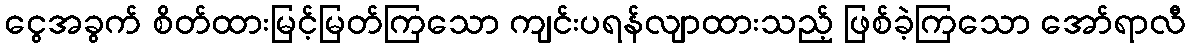
ငွေအခွက် စိတ်ထားမြင့်မြတ်ကြသော ကျင်းပရန်လျာထားသည့် ဖြစ်ခဲ့ကြသော အော်ရာလီ